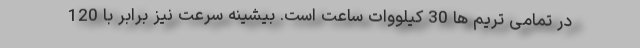
در تمامی تریم ها 30 کیلووات ساعت است. بیشینه سرعت نیز برابر با 120